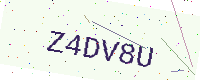
Text: Z4DV8U